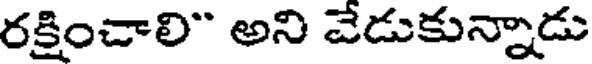
రక్షించాలి" అని వేడుకున్నాడు